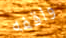
واقفه